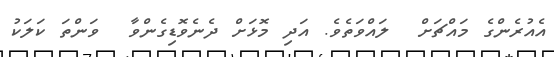
އެއުރެންގެ މައްޗަށް  ލައްވަތެވެ. އަދި މޮޅަށް ދެނެވޮޮޑިގެންވާ  ވަންތަ ކަލަކު